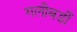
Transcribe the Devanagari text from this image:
गलीबर्डी